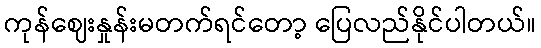
ကုန်ဈေးနှုန်းမတက်ရင်တော့ ပြေလည်နိုင်ပါတယ်။